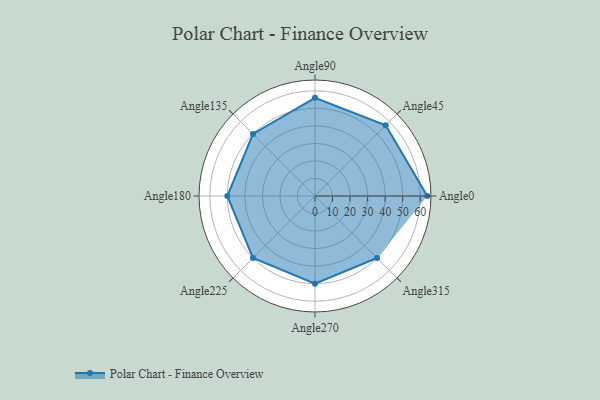
{"axis": {"x": "Angle", "y": "Radius"}, "legend": [""], "data": [{"x": "Angle0", "y": 64.0, "type": ""}, {"x": "Angle45", "y": 57.0, "type": ""}, {"x": "Angle90", "y": 56.0, "type": ""}, {"x": "Angle135", "y": 50, "type": ""}, {"x": "Angle180", "y": 50, "type": ""}, {"x": "Angle225", "y": 50, "type": ""}, {"x": "Angle270", "y": 50, "type": ""}, {"x": "Angle315", "y": 50, "type": ""}]}